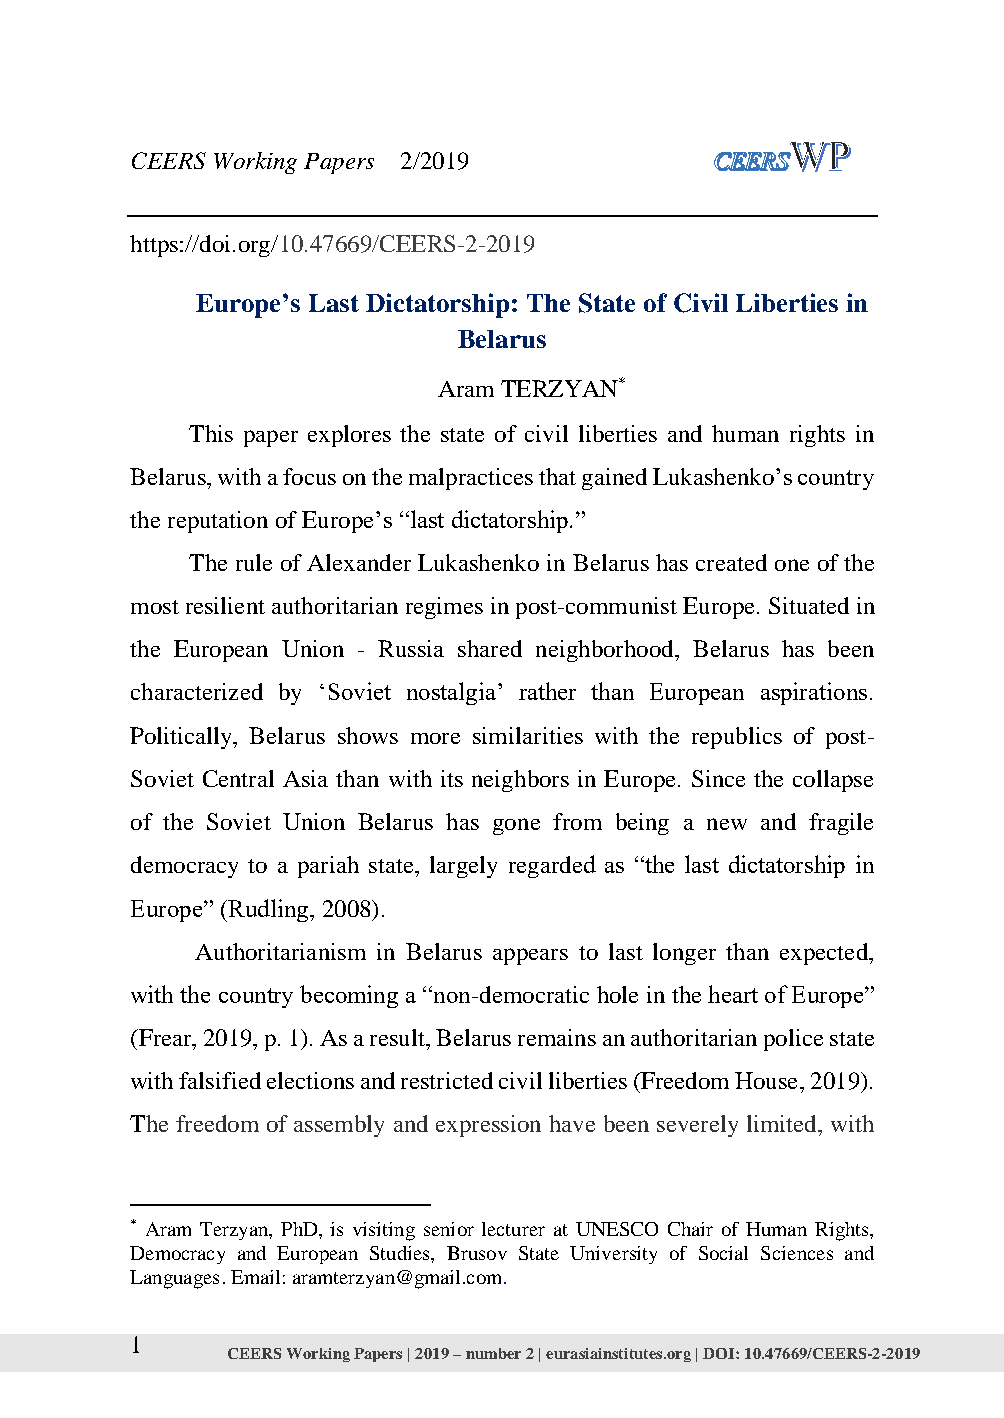
CEERS Working Papers 2/2019
 https://doi.org/10.47669/CEERS-2-2019
 Europe’s Last Dictatorship: The State of Civil Liberties in
 Belarus
 Aram TERZYAN*
 This paper explores the state of civil liberties and human rights in
 Belarus, with a focus on the malpractices that gained Lukashenko’s country
 the reputation of Europe’s “last dictatorship.”
 The rule of Alexander Lukashenko in Belarus has created one of the
 most resilient authoritarian regimes in post-communist Europe. Situated in
 the European Union - Russia shared neighborhood, Belarus has been
 characterized by ‘Soviet nostalgia’ rather than European aspirations.
 Politically, Belarus shows more similarities with the republics of post-
 Soviet Central Asia than with its neighbors in Europe. Since the collapse
 of the Soviet Union Belarus has gone from being a new and fragile
 democracy to a pariah state, largely regarded as “the last dictatorship in
 Europe” (Rudling, 2008).
 Authoritarianism in Belarus appears to last longer than expected,
 with the country becoming a “non-democratic hole in the heart of Europe”
 (Frear, 2019, p. 1). As a result, Belarus remains an authoritarian police state
 with falsified elections and restricted civil liberties (Freedom House, 2019).
 The freedom of assembly and expression have been severely limited, with
 * Aram Terzyan, PhD, is visiting senior lecturer at UNESCO Chair of Human Rights,
 Democracy and European Studies, Brusov State University of Social Sciences and
 Languages. Email: aramterzyan@gmail.com.
 1
 CEERS Working Papers | 2019 – number 2 | eurasiainstitutes.org | DOI: 10.47669/CEERS-2-2019